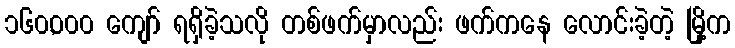
၁၆၀,၀၀၀ ကျော် ရရှိခဲ့သလို တစ်ဖက်မှာလည်း ဖက်ကနေ လောင်းခဲ့တဲ့ မြို့က